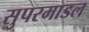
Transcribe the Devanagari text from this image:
सुपरमाडल